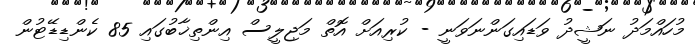
މުހައްމަދު ނަޝީދު ވަޑައިގަންނަވަނީ - ކުރިއަށް އޮތް މަޖިލީސް އިންތިޚާބުގައި 85 ކެންޑިޑޭޓުން